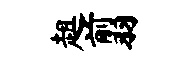
趄翦